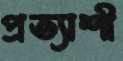
প্রত্যাশী